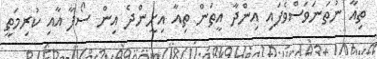
ތިއާ ނުތަނަވަސްވެފައި އިންދާ އީތަން ތިއާ އިށީންދެ އިން ސޯފާ އާއި ކުރިމަތީ